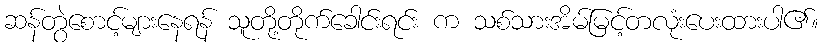
ဆန်တွဲစောင့်များနေရန် သူတို့တိုက်ခေါင်းရင်း က သစ်သားအိမ်မြင့်တလုံးပေးထားပါ၏။